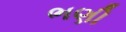
ભણી